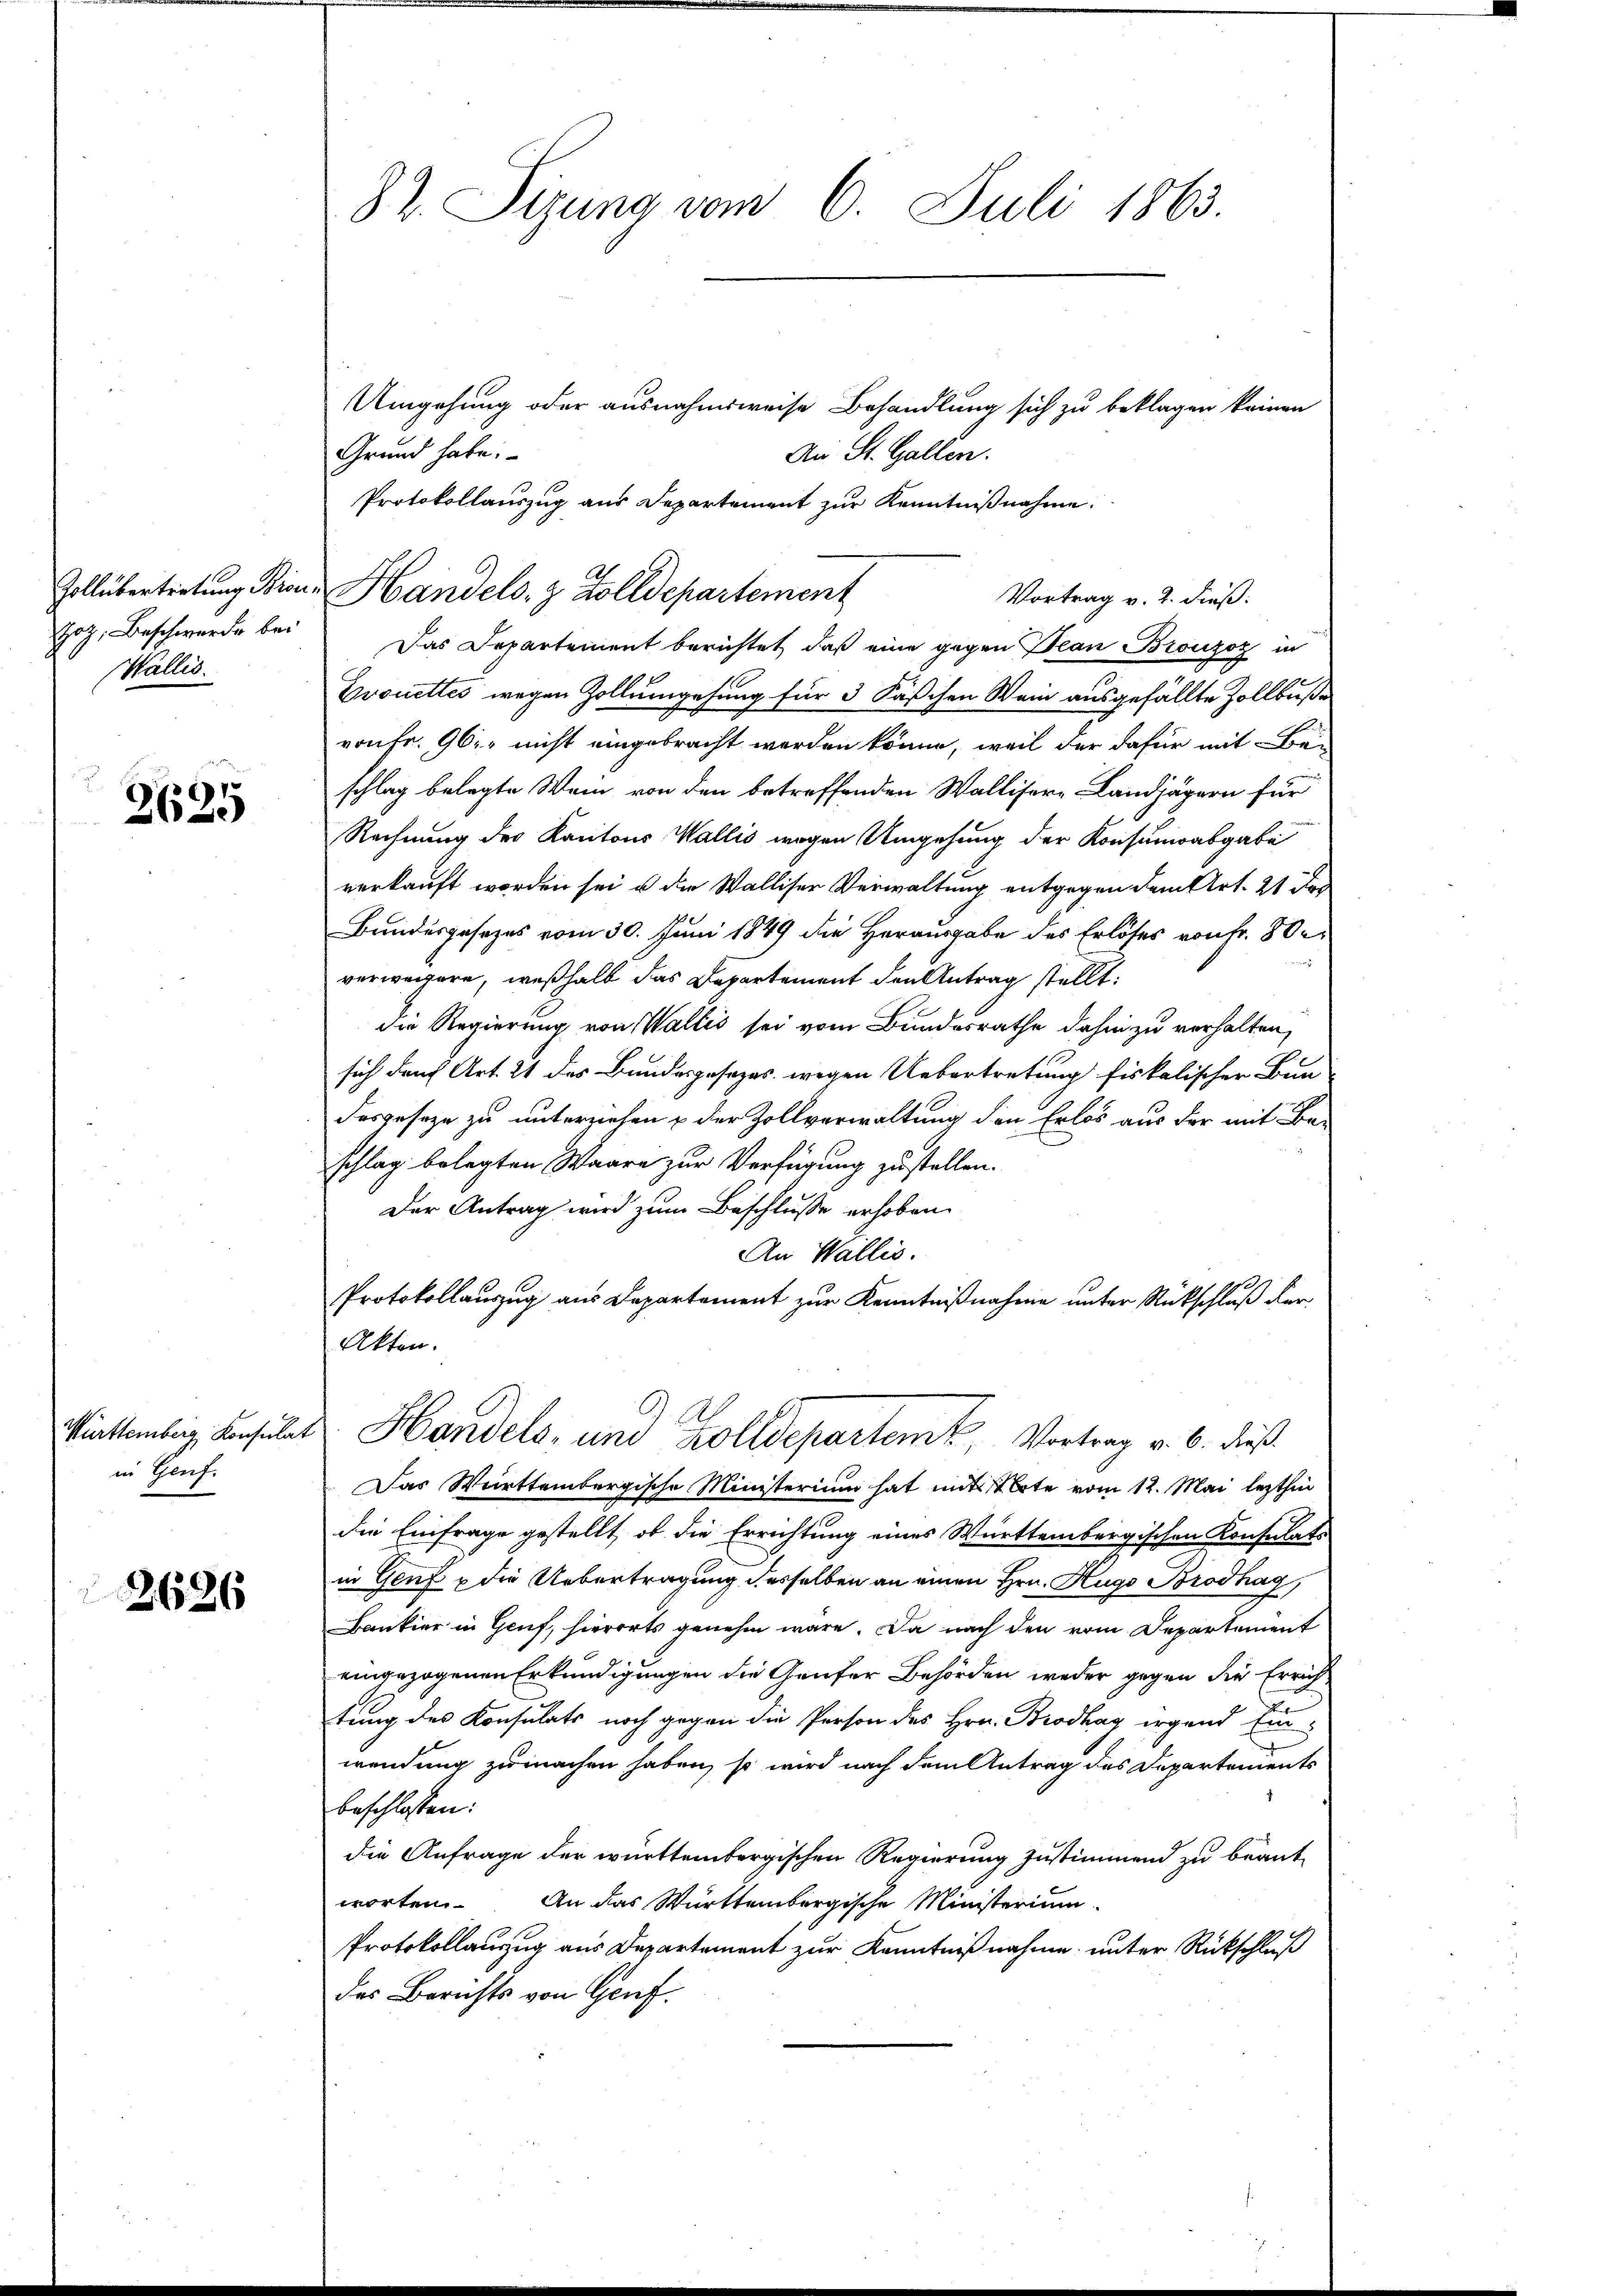
Hotz, Beschwerde bei
Wallis.

2625

in Genf.

2686

82. Sitzung vom 6. Juli 1863.

Umgehung oder ausnahmsweise Behandlung sich zu beklagen keinen
Grund habe.
An St. Gallen.
Protokollauszug aus Departement zur Kenntnißnahme.
Das Departement berichtet, daß eine gegen Jean Bronzoz in
Grouettes wegen Zollumgehung für 3 Fäschen Wein ausgefällte Zollbuße
vonFr. 96. nicht eingebracht werden könne, weil der dafür mit Beschlag belegte Wein von den betreffenden Wallisere Landjägern für
Rechnung des Kantons Wallis wegen Umgehung der Konsumsabgabe
verkauft worden sei u die Walliser Verwaltung entgegen dem Art. 21 Fr
Bundesgesezes vom 30. Juni 1849 die Herausgabe des Erlöses von Fr. 80 er
verweiere, weßhalb das Departement den Antrag stellt:
die Regierung von Wallis sei vom Bundesrathe dahin zu verhalten,
sich darf Art. 21 des Bundesposezes wegen Uebertretung fiskalischer Bun-
desgeseze zu unterziehen & der Zollverwaltung den Erlös aus der mit Be-
schlag belegten Waare zur Verfügung zustellen.
Der Antrag wird zum Beschlusse erhoben.
An Wallis.
Protokollanzug aus Departement zur Kenntnißnahme unter Rückschluß der
Akten.
Winklenbig, ansuches Handels, und Zolldepartenk, Vortrag v. 6. dieß¬
Das Württembergische Ministerium hat mit Note vom 12. Mai lezthin
die Einfrage gestellt, ob die Errichtung eines Württembergischen Konsulats
in Genf u die Uebertragung desselben an einen Hrn. Hugo Brodhag
Bankier in Genf, hierorts genehm wäre. Da nach den vom Departement
eingezogenen Erkundigungen die Genfer Behörden weder gegen die Errichtung des Konsulats noch gegen die Person des Hrn. Brodhag irgend Einwendung zu machen haben, so wird nach dem Antrag des Departements
beschlossen:
die Anfrage der württembergischen Regierung zustimmend zu beant-
worten. An das Württembergische Ministerium
Protokollauszug aus Departement zur Kenntnißnahme unter Rückschluß
des Berichts von Genf.

Zollübertretung Biene Handels. z. Zolldepartement
Vortrag v. 2. dieß: